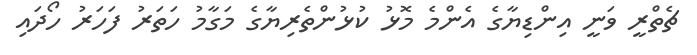
ޗެތްރީ ވަނީ އިންޑިޔާގެ އެންމެ މޮޅު ކުޅުންތެރިޔާގެ މަގާމު ހަތަރު ފަހަރު ހޯދައި